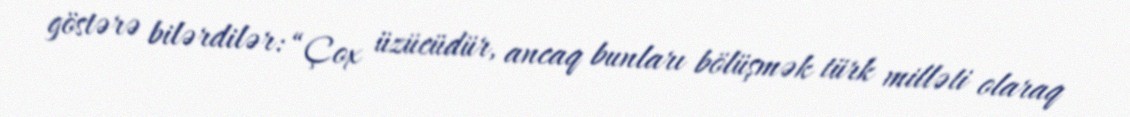
göstərə bilərdilər: “Çox üzücüdür, ancaq bunları bölüşmək türk milləti olaraq